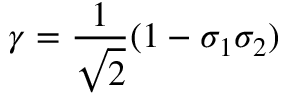
\gamma = { \frac { 1 } { \sqrt { 2 } } } ( 1 - \sigma _ { 1 } \sigma _ { 2 } )